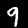
Label: 9